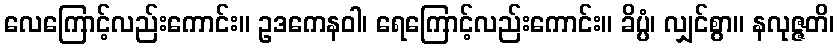
လေကြောင့်လည်းကောင်း။ ဥဒကေနဝါ၊ ရေကြောင့်လည်းကောင်း။ ခိပ္ပံ၊ လျှင်စွာ။ နလုဇ္ဇတိ၊